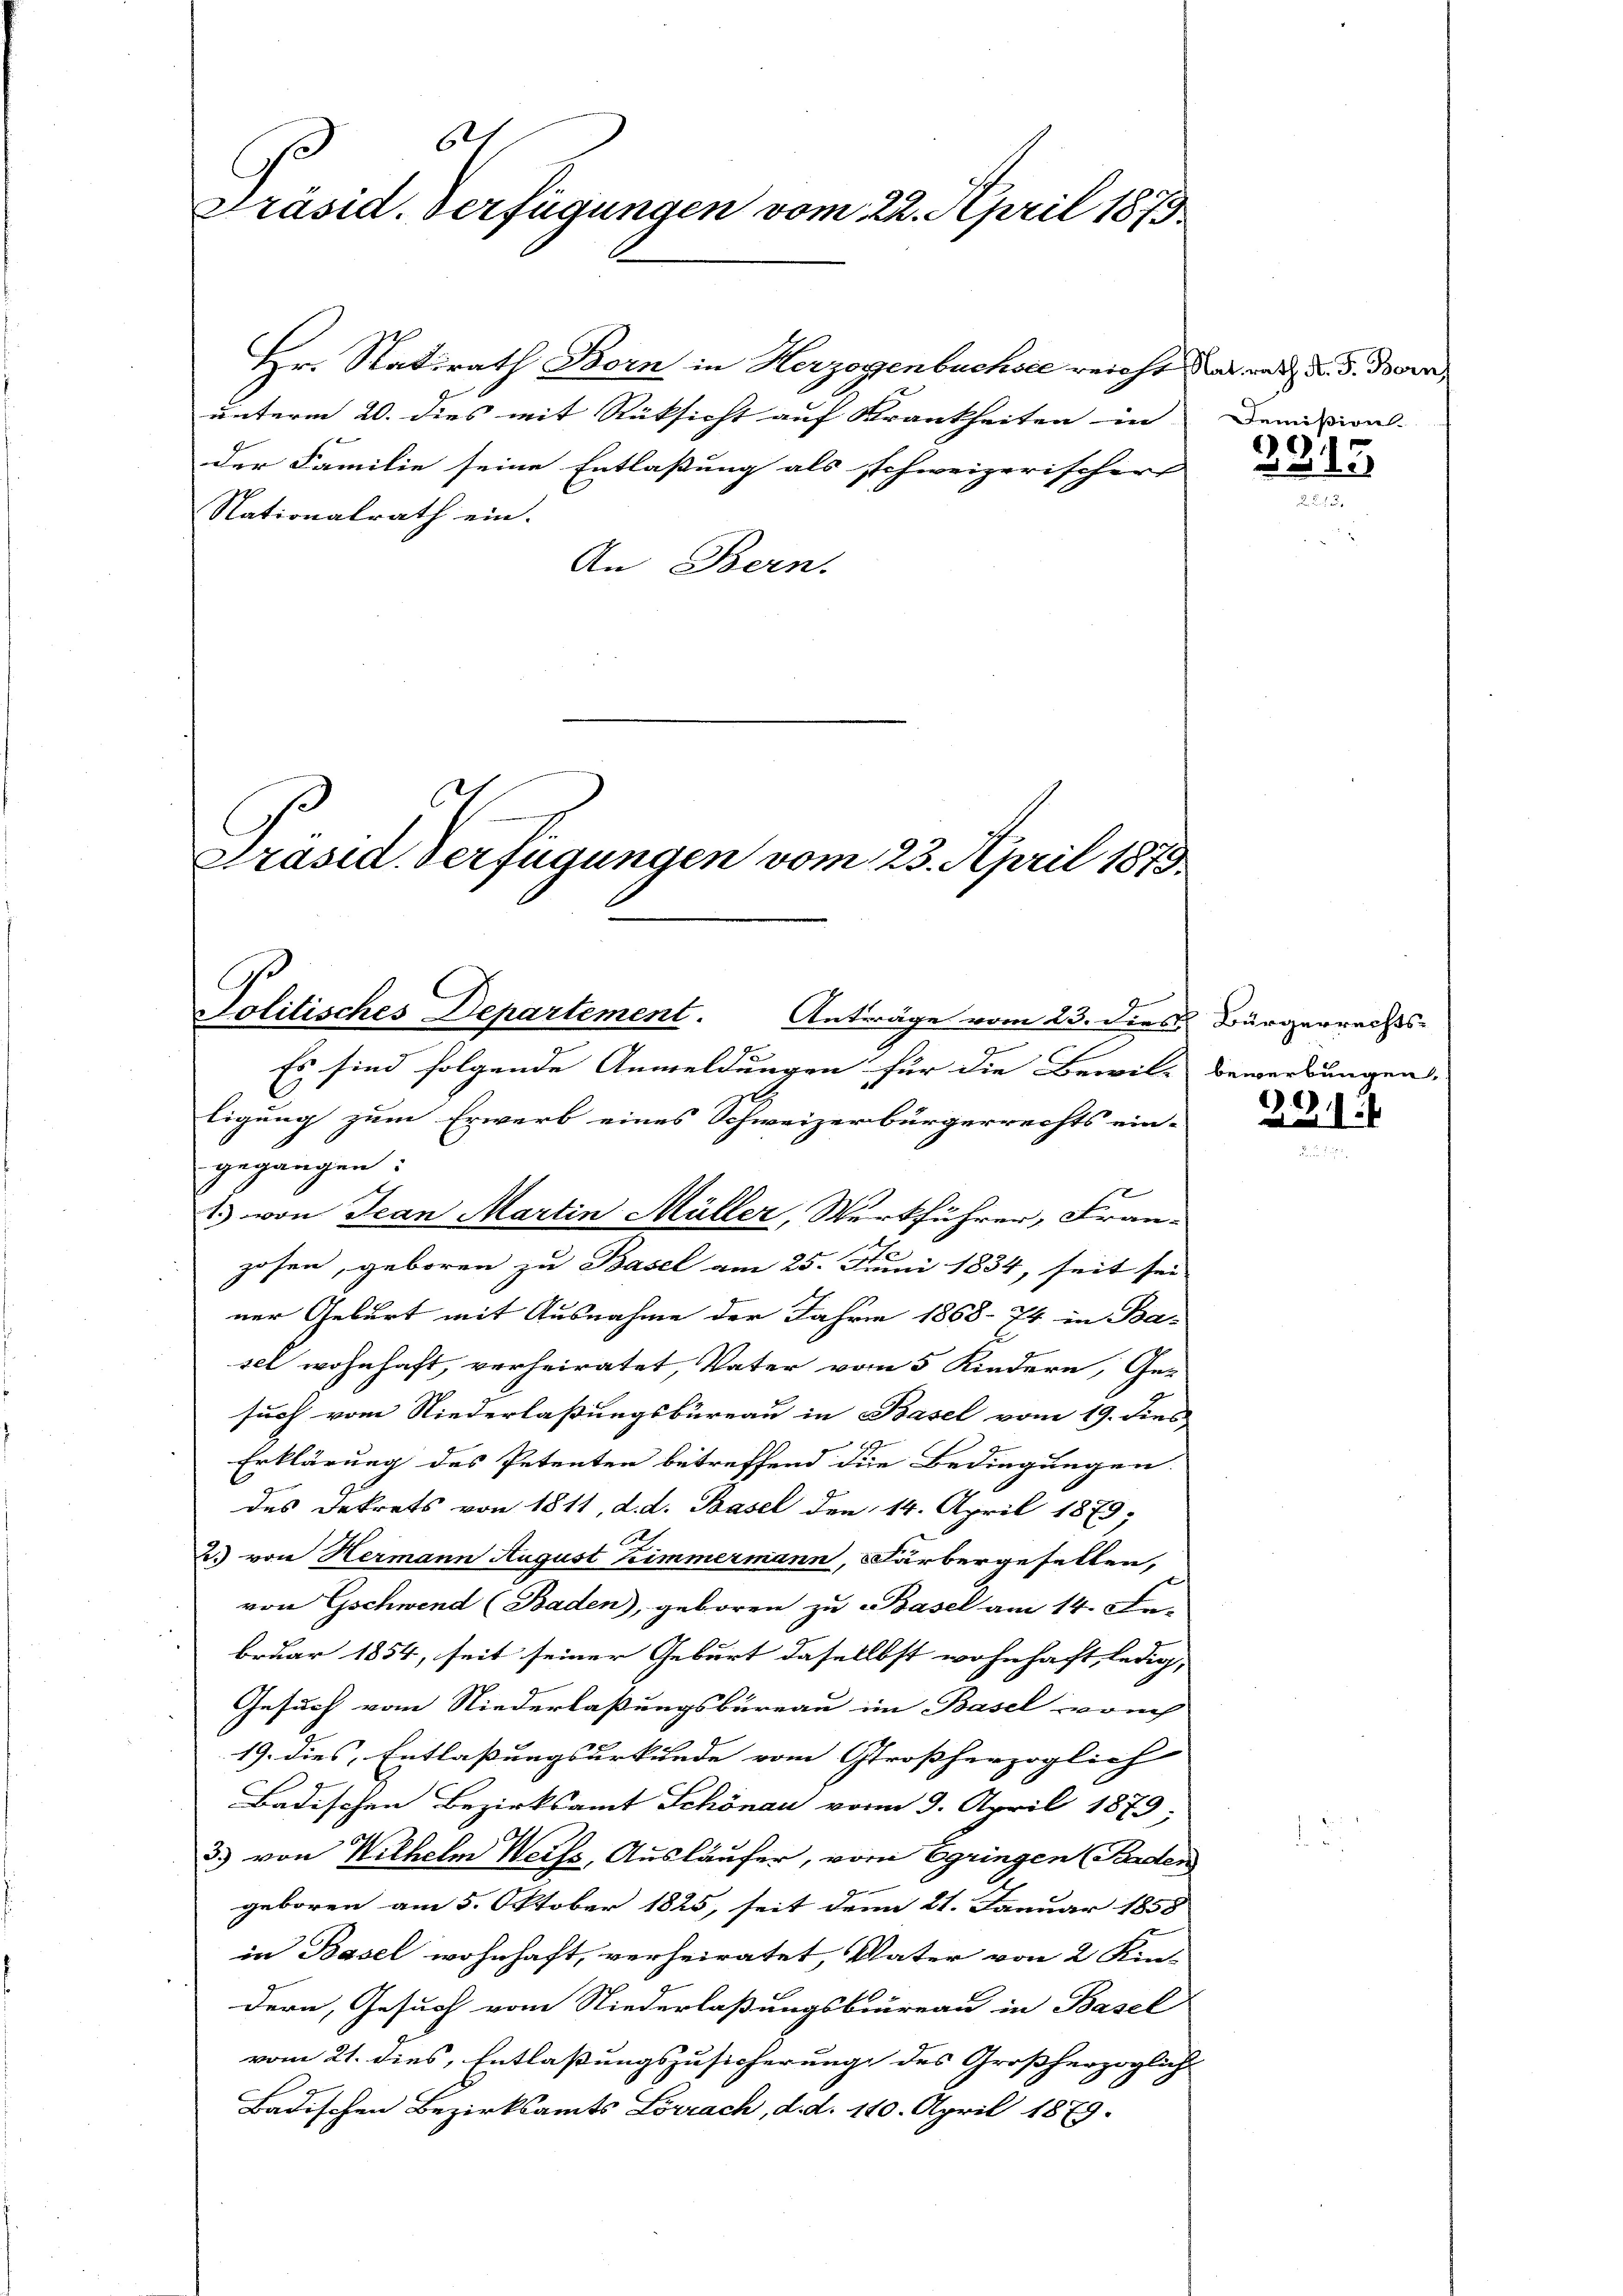
s
Präsid. Verfügungen vom 22. April 1873

Hr. Statirath Born in Herzogenbuchsee reicht das war d. 5. Dorn,
unterm 20. dies mit Rücksicht auf Krankheiten in Demision.
der Familie seine Entlaßung als schweizerischer de
Nationalrath ein.
An Bern.

Politisches Departement. Anträge vom 23. dies Bürgerrechts-

Präsid. Verfügungen vom 23. April 1873.

Es sind folgende Anmeldungen für die Bewil- Bewerbungen,
ligung zum Erwerb eines Schweizerbürgerrechts ein-
gegangen:
12
zosen, geboren zu Basel am 25. Juni 1834, seit sei
ner Geburt mit Ausnahme der Jahre 1868. 74 in Ba-
sel wohnhaft, verheiratet, Vater vom 5 Kindern, Ge-
such vom Niederlaßungsbüreau in Basel vom 19. dies
Erklärung des Petenten betreffend die Bedingungen
des Dekrets von 1811, d. d. Basel den 14. April 1879;
E
2. von Hermann August Zimmermann, Färbergesellen,
von Gschwend (Baden), geboren zu Basel am 14. Fe
bruar 1854, seit seiner Geburt dasellbst wohnhaft ledig,
Gesuch vom Niederlaßungsbureau im Basel vouch
19. dies, Entlassungsurkunde vom Großherzoglich |
Badischen Bezirksamt Schönau vom 9. April 1879;
3) von Wilhelm Weiss, Ausläufer, vom Ogringen Borden
G
geboren am 5. Oktober 1825, seit den 21. Januar 1858
in Basel wohnhaft, verheiratet, Vater von 2 Kin-
1
dern, Gesuch vom Niederlaßungsbureau in Basel
vom 21. dies, Entlaßungszusicherung des Großherzogliche
Badischen Bezirksamts Lörrach, d. d. 110. April 1879.

1) von Jean Martin Müller, Werkführer, Fran¬

214